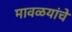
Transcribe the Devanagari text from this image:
मावळयांचे